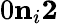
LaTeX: {0\le n_{i}\le 2}